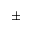
\pm